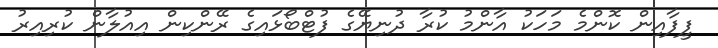
ފީފާއިން ކޮންމެ މަހަކު އާންމު ކުރާ ދުނިޔޭގެ ފުޓްބޯޅައިގެ ރޭންކިން އިއުލާން ކުރިއިރު